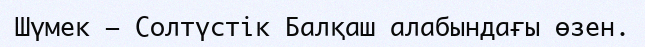
Шүмек – Солтүстік Балқаш алабындағы өзен.